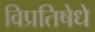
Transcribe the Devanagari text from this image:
विप्रतिषेधे